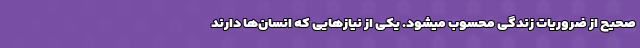
صحیح از ضروریات زندگی محسوب میشود. یکی از نیاز‌هایی که انسان‌ها دارند